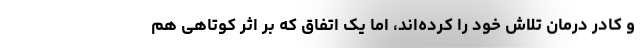
و کادر درمان تلاش خود را کرده‌اند، اما یک اتفاق که بر اثر کوتاهی هم